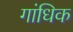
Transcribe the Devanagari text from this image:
गांधिक